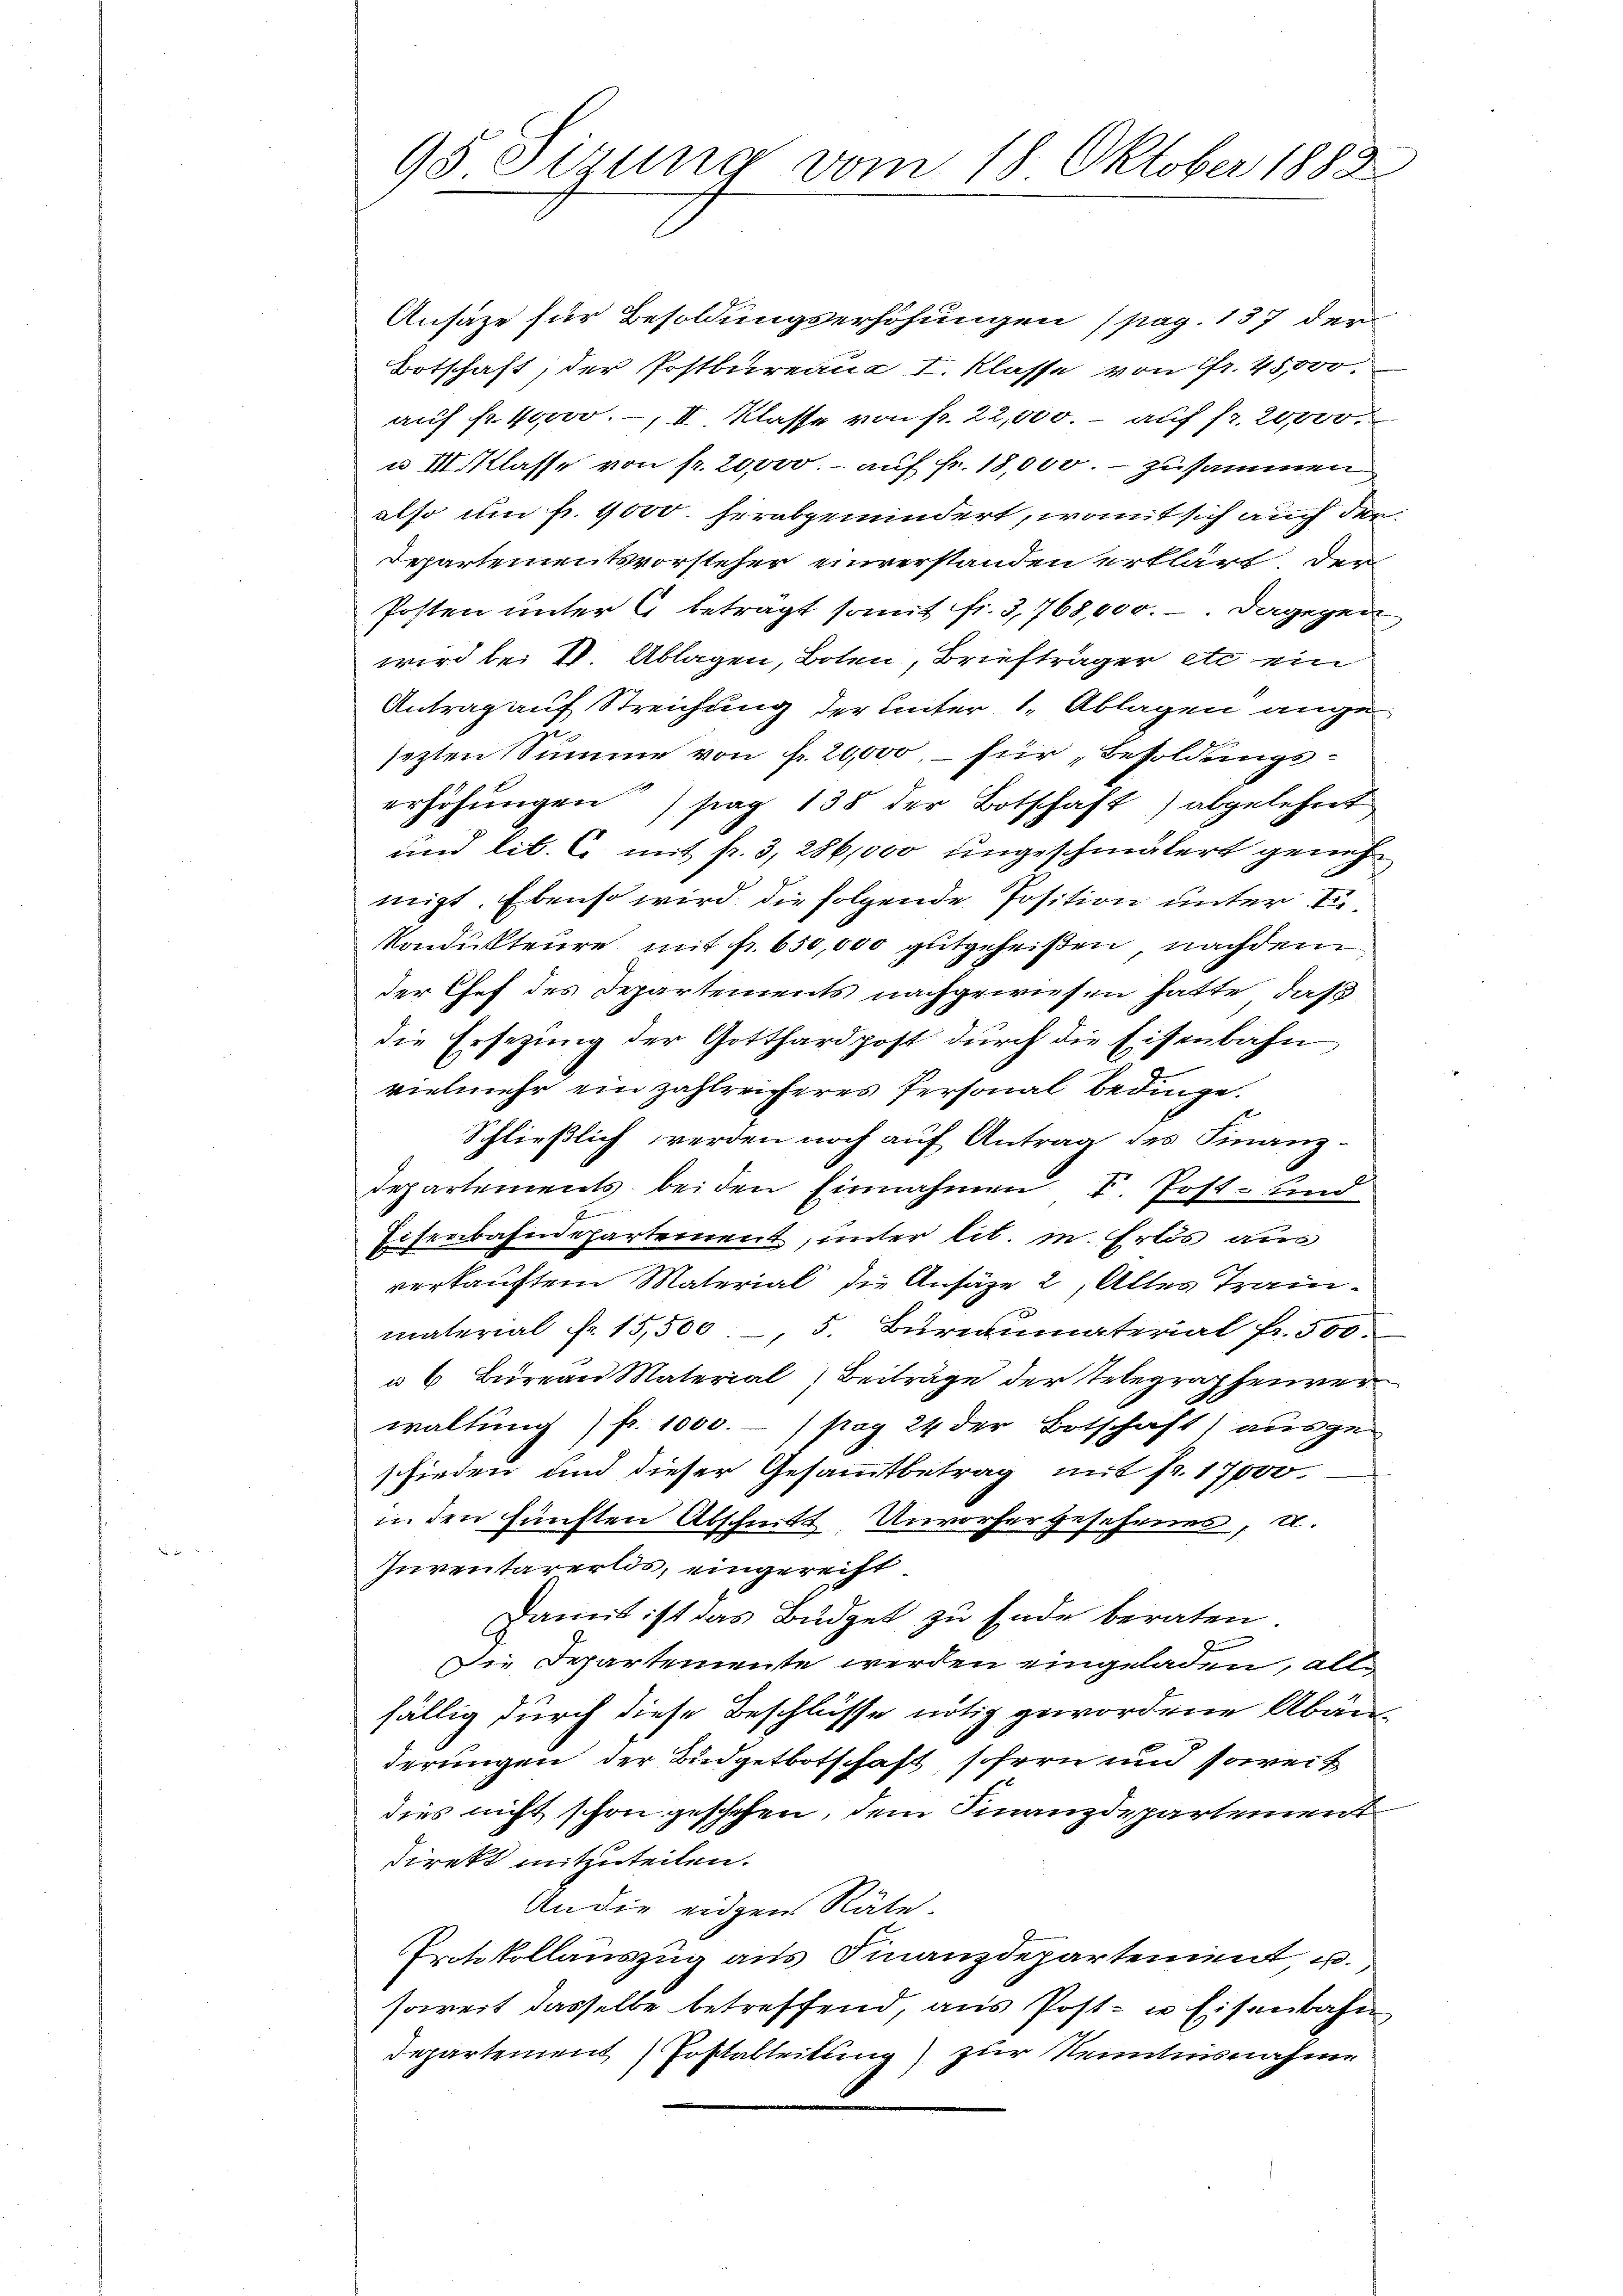
Ansätze für Besoldungserhöhungen (pag. 137 der
Botschaft; der Postbureaus I. Klasse von Fr. 45,000.
auf fr. 40000.-, II Klasse von fr. 22,000.- auf fr. 20,000
u III. Klasse von fr. 20,000.- auf fr. 18,000. - zusammen
also um fr. 4000 herabgemindert, womit sich auch der¬
Departementsvorsteher einverstanden erklärt den
Posten unter 6 betragt somit fr. 3, 768,000. Dagegen
wird bei VV. Ablagen, Boten, Briefträger etc. ein
Antrag auf Streichung der unter 1. Ablagen angesezten Summe von fr. 20,000, – für Besoldungs-
erhöhungen tag 138 der Botschaft) abgelehnt
und lib. C. mit fr. 3, 286,000 ungeschmälert genehmigt. Ebenso wird die folgende Position unter
Kondukteure mit fr. 650,000 gutgeheißen, nachdem
der Chef des Departements nachgewiesen hatte, daß
die Ersezung der Gotthardpost durch die Eisenbahn
vielmehr ein zahlreicheres Personal bedinge.
Schließlich werden noch auf Antrag des Finanz-
departements beiden Einnahmen F. Post- und
F
Eisenbahndepartement, unter lit. in Erlös aus
verkauftem Material die Ansäße 2, Alles Trainmaterial fr. 15,500, 5. Bureaumaterial fr. 500
u 6 Büreau Material Beiträge der Telegraphenver
waltung / fr. 1000.-) pag 24 der Botschaft) ausgeschieden und dieser Gesammtbetrag mit fr. 17000
in den fünften Abschnitt, Unvorhergesehenes, u.
Inventarerlos, eingerecht
Damit ist das Büdget zu Ende beraten
Die Departemente werden eingeladen, als
fällig durch diese Beschlüsse nötig gewordene Abänderungen der Budgetbotschaft, sofern und soweit
dies nicht schon geschehen, dem Finanzdepartement
Direkt mitzuteilen.
An die eidgen Räte.
Protokollauszug aus Finanzdepartement u.
soweit dasselbe betreffend, aus Post- u Eisenbahn
Departement Posttableitung) zur Nenntnisnahme

95 Sizung vom 18. Oktober 1882